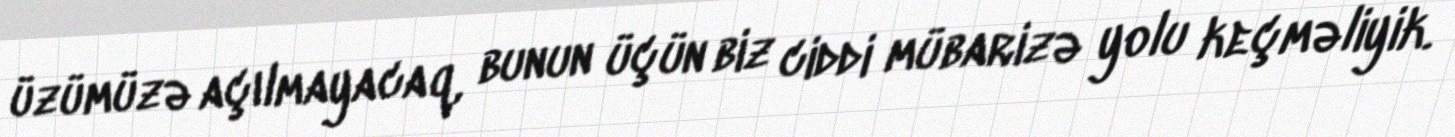
üzümüzə açılmayacaq, bunun üçün biz ciddi mübarizə yolu keçməliyik.